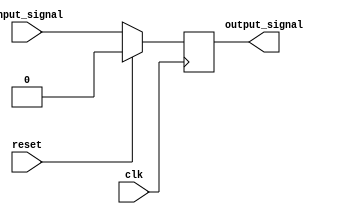
module synchronous_logic_element (
    input wire clk,
    input wire reset,
    input wire input_signal,
    output reg output_signal
);

always @(negedge clk) begin
    if (reset) begin
        output_signal <= 1'b0; // Reset the output signal
    end else begin
        // Update internal state or perform specified action
        output_signal <= input_signal;
    end
end

endmodule